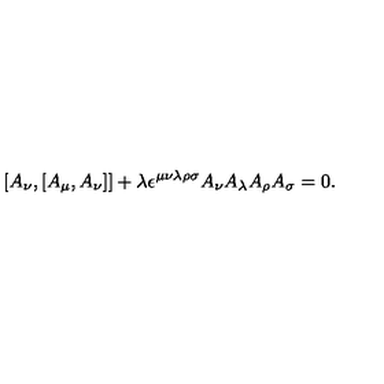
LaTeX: [ A _ { \nu } , [ A _ { \mu } , A _ { \nu } ] ] + \lambda \epsilon ^ { \mu \nu \lambda \rho \sigma } A _ { \nu } A _ { \lambda } A _ { \rho } A _ { \sigma } = 0 .